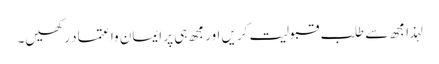
لہذا مجھ سے طلب قبولیت کریں اور مجھ ہی پر ایمان وا عتماد رکھیں۔